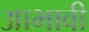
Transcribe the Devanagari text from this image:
आभावी